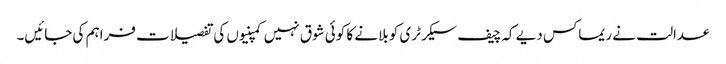
عدالت نے ریماکس دیے کہ چیف سیکرٹری کو بلانے کا کوئی شوق نہیں کمپنیوں کی تفصیلات فراہم کی جائیں۔